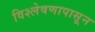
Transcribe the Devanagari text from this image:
विश्लेषणापासून